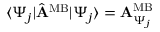
\begin{array} { r } { \langle \Psi _ { j } | \hat { \bf A } ^ { \mathrm { M B } } | \Psi _ { j } \rangle = { \bf A } _ { \Psi _ { j } } ^ { \mathrm { M B } } } \end{array}